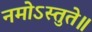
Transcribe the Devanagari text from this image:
नमोऽस्तुते॥